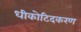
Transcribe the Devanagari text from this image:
धीकोटिदकरण